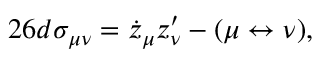
2 6 d \sigma _ { \mu \nu } = \dot { z } _ { \mu } z _ { \nu } ^ { \prime } - ( \mu \leftrightarrow \nu ) ,